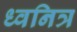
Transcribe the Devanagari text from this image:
ध्वनित्र